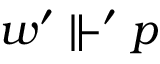
w ^ { \prime } \Vdash ^ { \prime } p